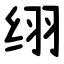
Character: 䌻